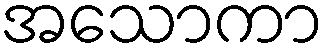
အသောကာ